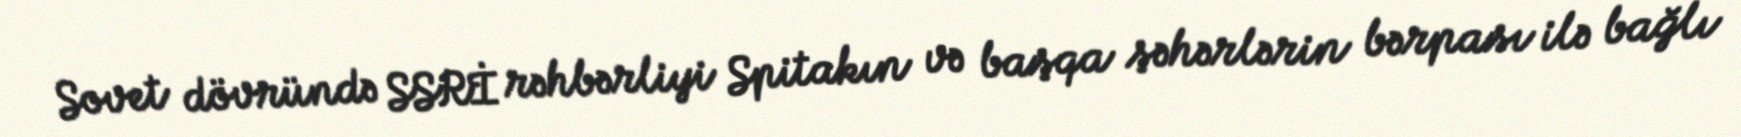
Sovet dövründə SSRİ rəhbərliyi Spitakın və başqa şəhərlərin bərpası ilə bağlı